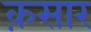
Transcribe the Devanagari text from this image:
क़सार